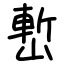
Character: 㟻